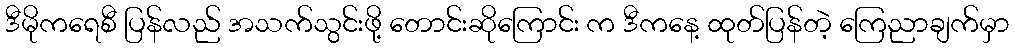
ဒီမိုကရေစီ ပြန်လည် အသက်သွင်းဖို့ တောင်းဆိုကြောင်း က ဒီကနေ့ ထုတ်ပြန်တဲ့ ကြေညာချက်မှာ